Accounts of Education Authorities, 1920
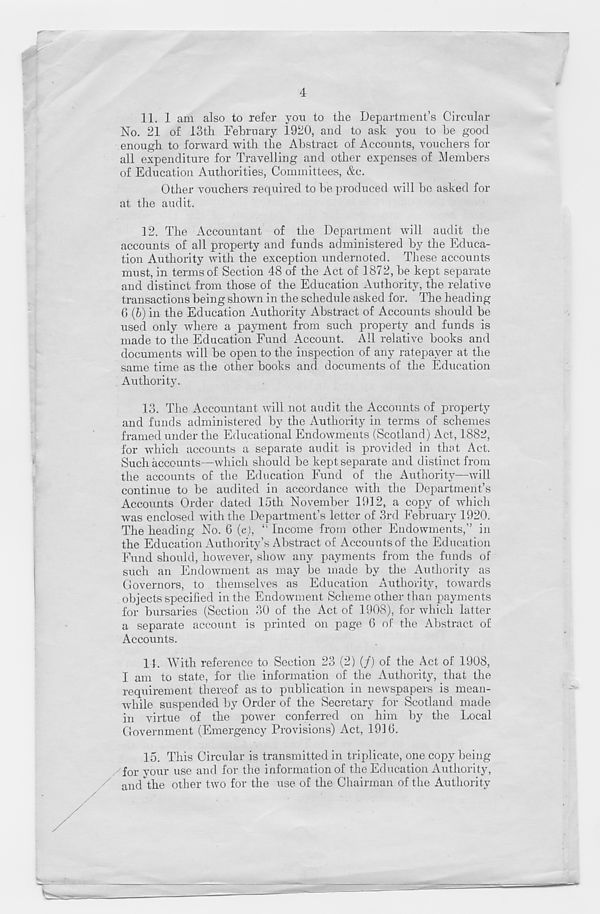
4
11. 1 am also to refer yon to the Department’s Circular
No. 21 of 13th February 1920, and to ask you to be good
enough to forward with the Abstract of Accounts, vouchers for
all expenditure for Travelling and other expenses of Members
of Education Authorities, Committees, &c.
Other vouchers required to be produced will be asked for
at the audit.
12. The Accountant of the Department will audit the
accounts of all property and funds administered by the Educa-
tion Authority with the exception undernoted. These accounts
must, in terms of Section 48 of the Act of 1872, be kept separate
and distinct from those of the Education Authority, the relative
transactions being shown in the schedule asked for. The heading
6 (b) in the Education Authority Abstract of Accounts should be
used only where a payment from such property and funds is
made to the Education Fund Account. All relative books and
documents will be open to the inspection of any ratepayer at the
same time as the other books and documents of the Education
Authority.
13. The Accountant will not audit the Accounts of property
and funds administered by the Authority in terms of schemes
framed under the Educational Endowments (Scotland) Act, 1882,
for which accounts a separate audit is provided in that Act.
Such accounts—which should be kept separate and distinct from
the accounts of the Education Fund of the Authority—will
continue to be audited in accordance with the Department’s
Accounts Order dated loth November 1912, a copy of which
was enclosed with the Department’s letter of 3rd February 1920.
The heading No. 6 (c), “ Income from other Endowments,” in
the Education Authority’s Abstract of Accounts of the Education
Fund should, however, show any payments from the funds of
such an Endowment as may be made by the Authority as
Governors, to themselves as Education Authority, towards
objects specified in the Endowment Scheme other than payments
for bursaries (Section 30 of the Act of 1908), for which latter
a separate account is printed on page 6 of the Abstract of
Accounts.
14. With reference to Section 23 (2) (/) of the Act of 1908,
I am to state, for the information of the Authority, that the
requirement thereof as to publication in newspapers is mean-
while suspended by Order of the Secretary for Scotland made
in virtue of the power conferred on him by the Local
Government (Emergency Provisions) Act, 1916.
15. This Circular is transmitted in triplicate, one copy being
for your use and for the information of the Education Authority,
and the other two for the use of the Chairman of the Authority